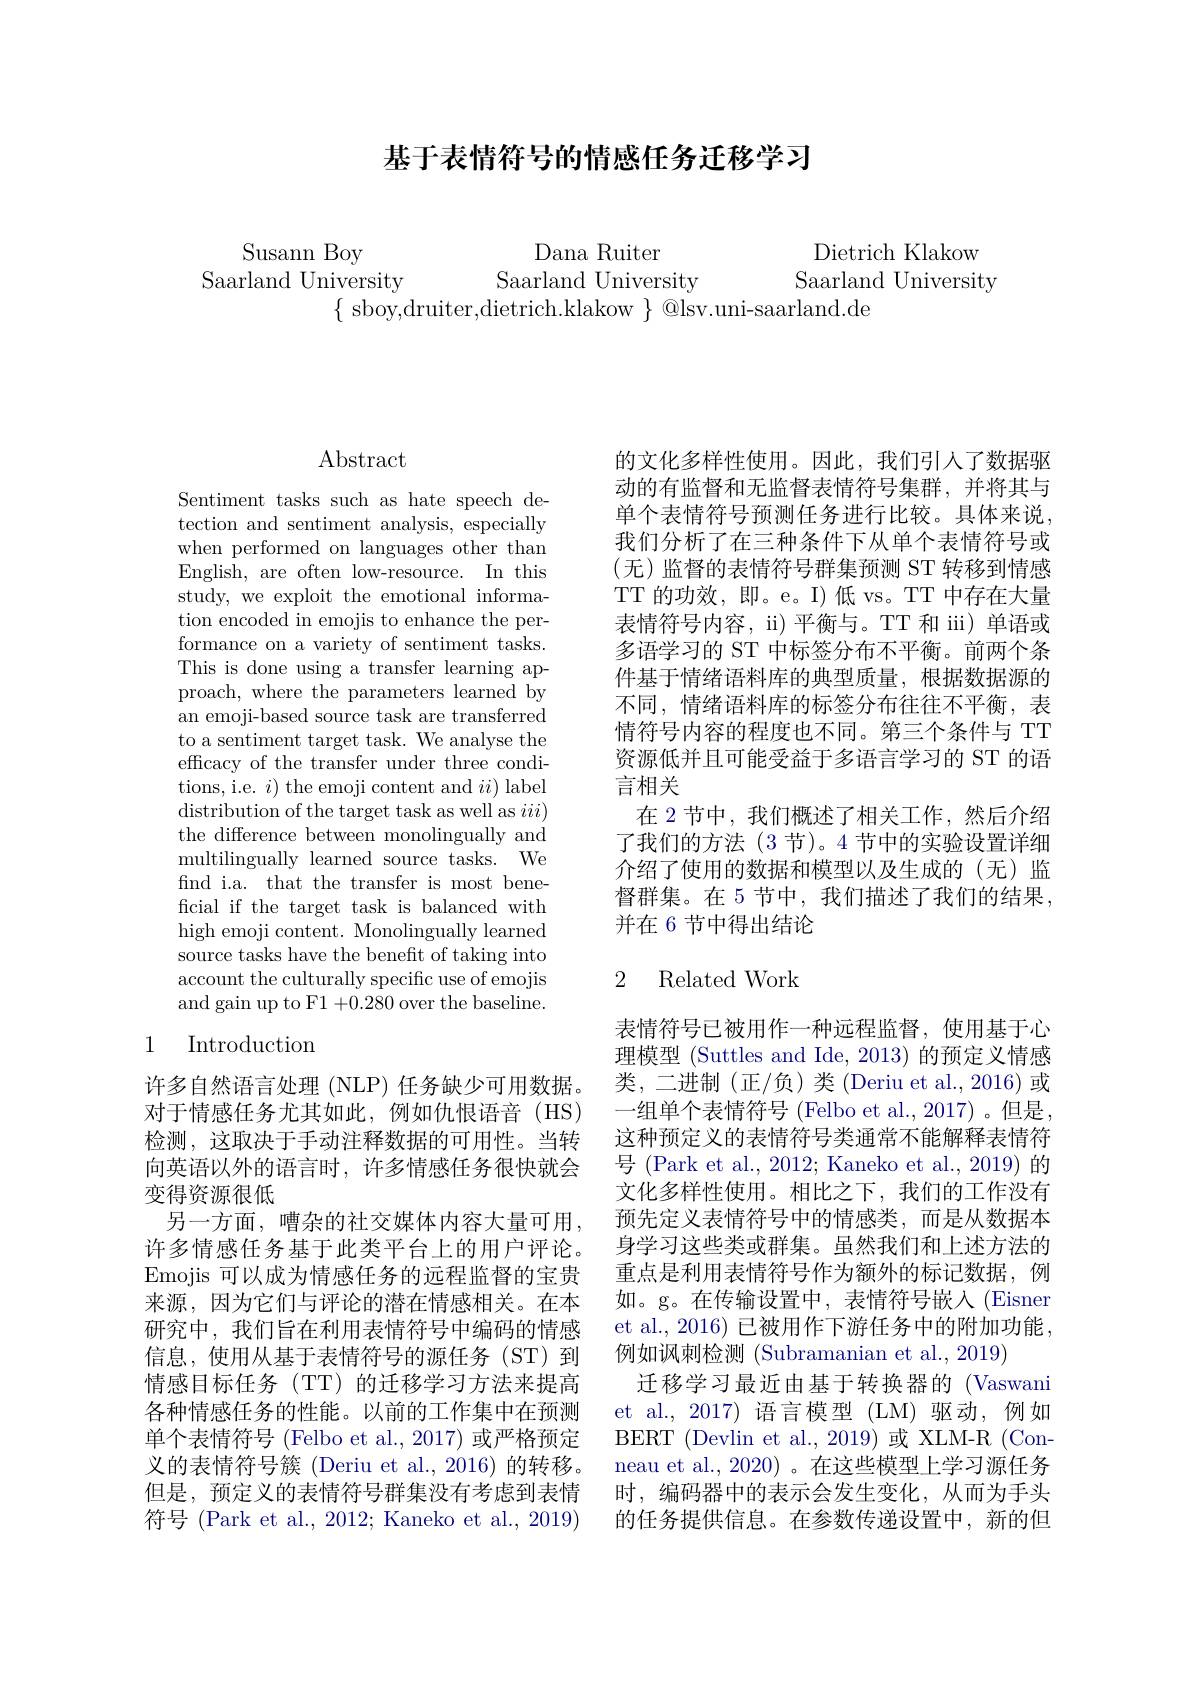
# 基于表情符号的情感任务迁移学习

Susann Boy
Saarland University

Dana Ruiter
Dietrich Klakow
Saarland University
Saarland University
$\{$sboy,druiter,dietrich.klakow $\}$@lsv.uni-saarland.de

## $\operatorname{Abstract}$

Sentiment tasks such as hate speech detection and sentiment analysis, especially when performed on languages other than English, are often low-resource. In this study, we exploit the emotional information encoded in emojis to enhance the performance on a variety of sentiment tasks. This is done using a transfer learning approach, where the parameters learned by an emoji-based source task are transferred to a sentiment target task. We analyse the efficacy of the transfer under three conditions, i.e. $i)$ the emoji content and $ii)$ label distribution of the target task as well as $iii)$ the difference between monolingually and multilingually learned source tasks. We find i.a. that the transfer is most beneficial if the target task is balanced with high emoji content. Monolingually learned source tasks have the benefit of taking into account the culturally specific use of emojis and gain up to F1 +0.280 over the baseline.

## 1 Introduction

许多自然语言处理 (NLP) 任务缺少可用数据。对于情感任务尤其如此，例如仇恨语音(HS) 检测，这取决于手动注释数据的可用性。当转向英语以外的语言时，许多情感任务很快就会变得资源很低
另一方面，嘈杂的社交媒体内容大量可用， 许多情感任务基于此类平台上的用户评论。Emojis 可以成为情感任务的远程监督的宝贵来源，因为它们与评论的潜在情感相关。在本研究中，我们旨在利用表情符号中编码的情感信息，使用从基于表情符号的源任务(ST)到情感目标任务(TT)的迁移学习方法来提高各种情感任务的性能。以前的工作集中在预测单个表情符号 (Felbo et al., 2017) 或严格预定义的表情符号簇 (Deriu et al., 2016) 的转移。但是，预定义的表情符号群集没有考虑到表情符号 (Park et al., 2012; Kaneko et al., 2019)

的文化多样性使用。因此，我们引人了数据驱动的有监督和无监督表情符号集群，并将其与单个表情符号预测任务进行比较。具体来说， 我们分析了在三种条件下从单个表情符号或(无)监督的表情符号群集预测 ST 转移到情感TT 的功效，即。e。I)低 vs。TT 中存在大量表情符号内容，ii)平衡与。TT 和 iii) 单语或多语学习的 ST 中标签分布不平衡。前两个条件基于情绪语料库的典型质量，根据数据源的不同，情绪语料库的标签分布往往不平衡，表情符号内容的程度也不同。第三个条件与 TT 资源低并且可能受益于多语言学习的 ST 的语言相关
在 2 节中，我们概述了相关工作，然后介绍了我们的方法 (3 节)。4 节中的实验设置详细介绍了使用的数据和模型以及生成的(无)监督群集。在 5 节中，我们描述了我们的结果， 并在 6 节中得出结论

## 2 Related Work

表情符号已被用作一种远程监督，使用基于心理模型 (Suttles and Ide, 2013) 的预定义情感类，二进制 (正/负) 类 (Deriu et al., 2016) 或一组单个表情符号 (Felbo et al., 2017) 。但是， 这种预定义的表情符号类通常不能解释表情符号 (Park et al., 2012; Kaneko et al., 2019) 的文化多样性使用。相比之下，我们的工作没有预先定义表情符号中的情感类，而是从数据本身学习这些类或群集。虽然我们和上述方法的重点是利用表情符号作为额外的标记数据，例如。g。在传输设置中，表情符号嵌入(Eisner et al., 2016) 已被用作下游任务中的附加功能， 例如讽刺检测 (Subramanian et al., 2019)
迁移学习最近由基于转换器的(Vaswani et al., 2017) 语言模型 (LM)驱动，例如BERT (Devlin et al.,2019) 或 XLM-R (Conneau et al., 2020) 。在这些模型上学习源任务时，编码器中的表示会发生变化，从而为手头的任务提供信息。在参数传递设置中，新的但